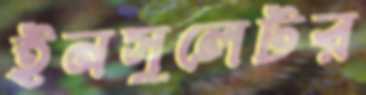
ইনসুলেটর